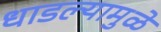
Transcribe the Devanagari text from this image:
धाडल्यामुळे